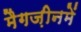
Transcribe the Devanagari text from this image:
मैगज़ीनमें